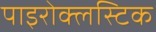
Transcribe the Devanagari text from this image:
पाइरोक्लस्टिक